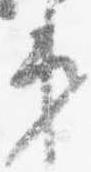
第